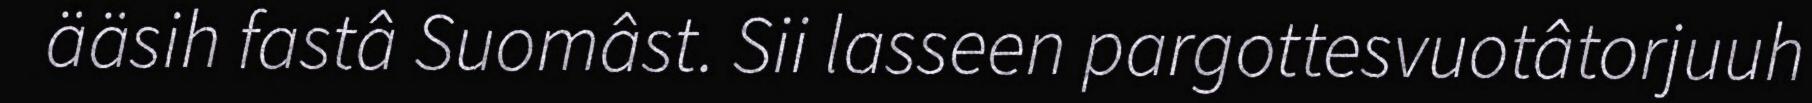
ääsih fastâ Suomâst. Sii lasseen pargottesvuotâtorjuuh